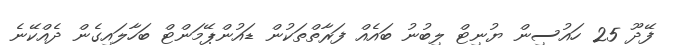
ފޭދޫ 25 ހައުސިން ޔުނިޓް ލިބުނު ބައެއް ފަރާތްތަކުން ޑައުންޕޭމަންޓް ބަހާލައިގެން ދެއްކޭނެ